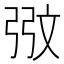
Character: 𮱸